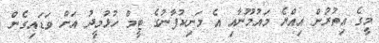
މީގެ އިތުރުން އިއްޔެ މައުމޫނާއި އެ މަނިކުފާނުގެ ޓީމް ހުޅުމީދު އަށް ވަޑައިގެން